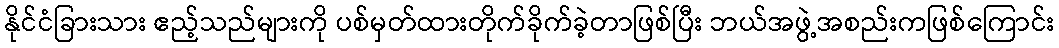
နိုင်ငံခြားသား ဧည့်သည်များကို ပစ်မှတ်ထားတိုက်ခိုက်ခဲ့တာဖြစ်ပြီး ဘယ်အဖွဲ့အစည်းကဖြစ်ကြောင်း